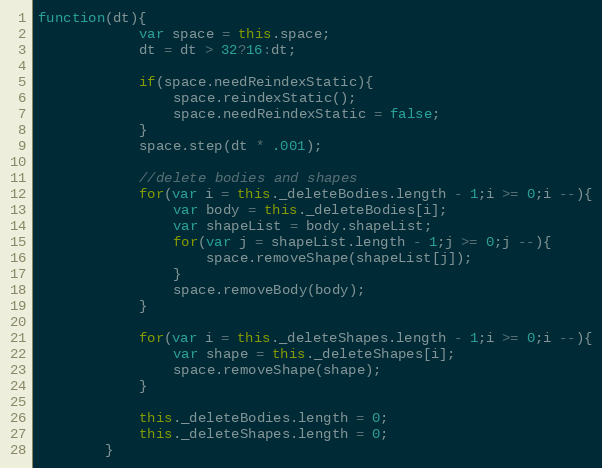
Language: JavaScript
function(dt){
            var space = this.space;
            dt = dt > 32?16:dt;

            if(space.needReindexStatic){
                space.reindexStatic();
                space.needReindexStatic = false;
            }
            space.step(dt * .001);

            //delete bodies and shapes
            for(var i = this._deleteBodies.length - 1;i >= 0;i --){
                var body = this._deleteBodies[i];
                var shapeList = body.shapeList;
                for(var j = shapeList.length - 1;j >= 0;j --){
                    space.removeShape(shapeList[j]);
                }
                space.removeBody(body);
            }

            for(var i = this._deleteShapes.length - 1;i >= 0;i --){
                var shape = this._deleteShapes[i];
                space.removeShape(shape);
            }

            this._deleteBodies.length = 0;
            this._deleteShapes.length = 0;
        }